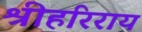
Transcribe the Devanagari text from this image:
श्रीहरिराय